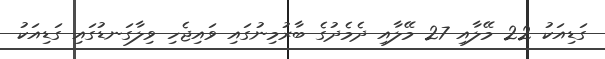
ގަޑިއަކު 22 މޭލާއި 27 މޭލާއި ދެމެދުގެ ބާރުމިނުގައި ވައިޖެހި ވިލާގަނޑުގައި ގަޑިއަކު